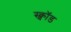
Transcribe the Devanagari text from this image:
स्क्वॉड